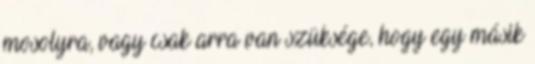
mosolyra, vagy csak arra van szüksége, hogy egy másik